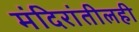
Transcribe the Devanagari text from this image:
मंदिरांतीलही